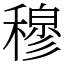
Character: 穆